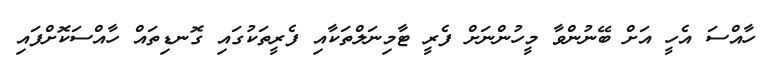
ހާއްސަ އެހީ އަށް ބޭނުންވާ މީހުންނަށް ފެރީ ޓާމިނަލްތަކާއި ފެރީތަކުގައި ގޮނޑިތައް ހާއްސަކޮށްފައި